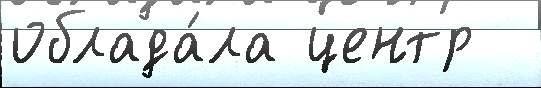
облада́ла центр